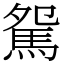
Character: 駌